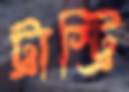
ট্রাস্ট্রি